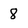
Character: 8